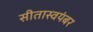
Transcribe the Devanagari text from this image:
सीतास्वयंबर